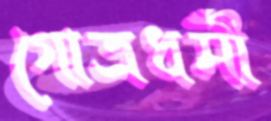
গোত্রধর্মী